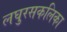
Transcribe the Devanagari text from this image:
लघुरसकलिका